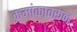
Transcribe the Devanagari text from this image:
क्रमांकावरून